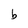
Character: b